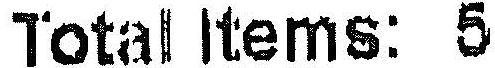
TOTAL ITEMS: 5